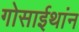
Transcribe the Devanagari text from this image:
गोसाईथांन